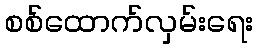
စစ်ထောက်လှမ်းရေး